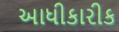
આધીકારીક